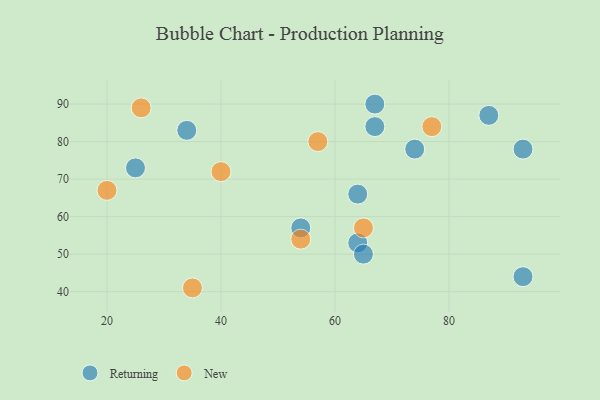
{"axis": {"x": "GDP", "y": "Life Expectancy"}, "legend": ["New", "Returning"], "data": [{"x": "67", "y": 84, "type": "Returning"}, {"x": "34", "y": 83, "type": "Returning"}, {"x": "25", "y": 73, "type": "Returning"}, {"x": "93", "y": 44, "type": "Returning"}, {"x": "64", "y": 53, "type": "Returning"}, {"x": "54", "y": 57, "type": "Returning"}, {"x": "64", "y": 66, "type": "Returning"}, {"x": "74", "y": 78, "type": "Returning"}, {"x": "65", "y": 50, "type": "Returning"}, {"x": "67", "y": 90, "type": "Returning"}, {"x": "93", "y": 78, "type": "Returning"}, {"x": "87", "y": 87, "type": "Returning"}, {"x": "26", "y": 89, "type": "New"}, {"x": "57", "y": 80, "type": "New"}, {"x": "65", "y": 57, "type": "New"}, {"x": "77", "y": 84, "type": "New"}, {"x": "40", "y": 72, "type": "New"}, {"x": "54", "y": 54, "type": "New"}, {"x": "35", "y": 41, "type": "New"}, {"x": "20", "y": 67, "type": "New"}]}